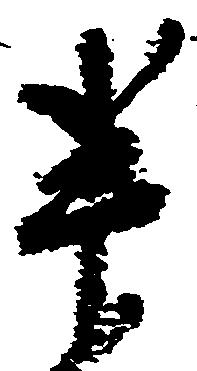
半